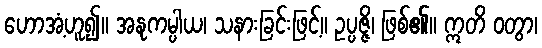
ဟောအံ့ဟူ၍။ အနုကမ္ပါယ၊ သနားခြင်းဖြင့်။ ဥပ္ပဇ္ဇိ၊ ဖြစ်၏။ ဣတိ ဝတွာ၊